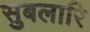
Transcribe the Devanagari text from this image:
सुबलारि